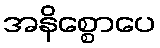
အနိစ္စောပေ